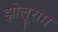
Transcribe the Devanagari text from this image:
झोलूराम